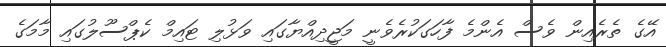
އޭގެ ތެރެއިން ވެސް އެންމެ ފާހަގަކުރެވެނީ މަޖީދިއްޔާގައި ވަޅުލި ޓައިމް ކެޕްސޫލުގައި މާމަގެ